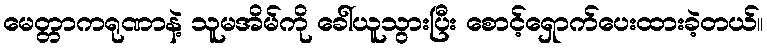
မေတ္တာကရုဏာနဲ့ သူမအိမ်ကို ခေါ်ယူသွားပြီး စောင့်ရှောက်ပေးထားခဲ့တယ်။